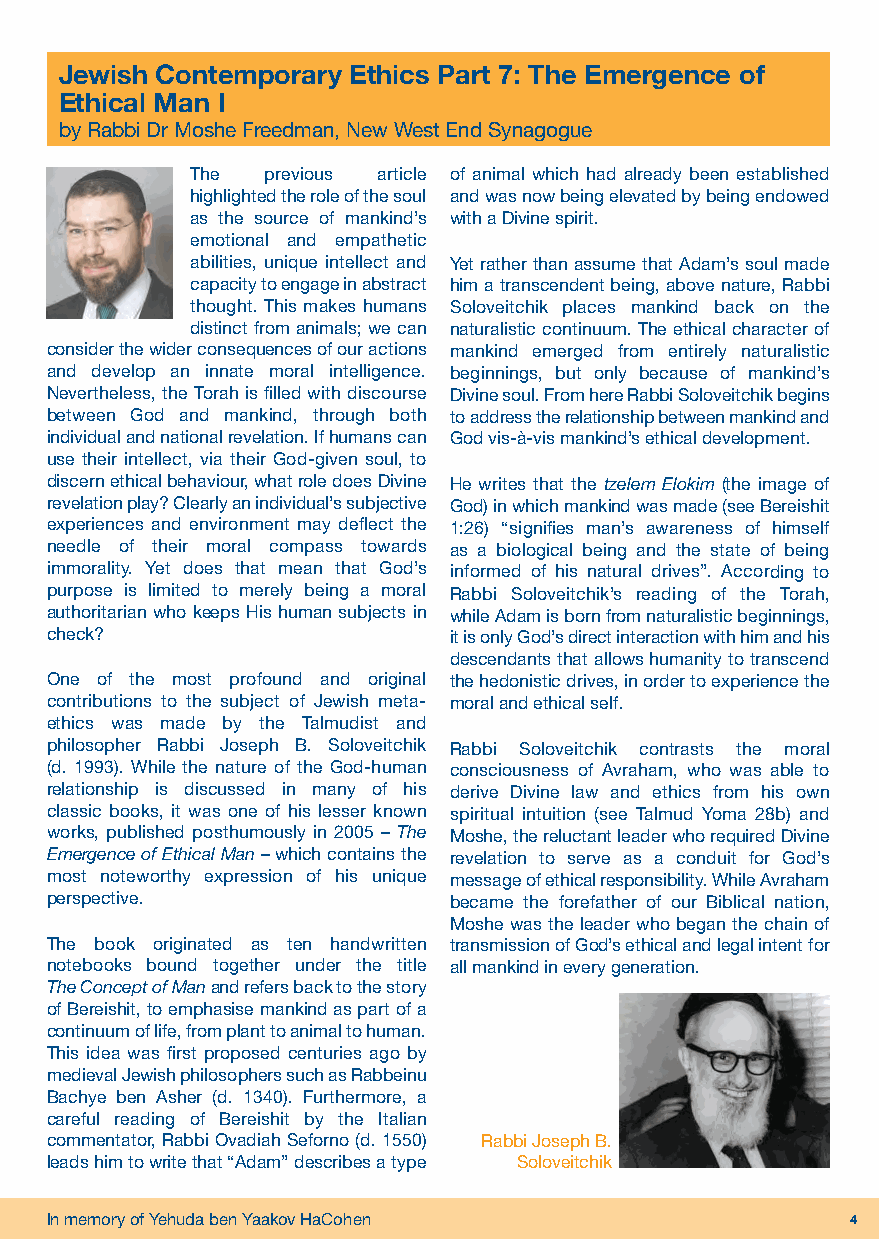
Chaye Sarah Vol.31 No.9.qxp_Layout 1 05/10/2018 10:25 Page 4
 Jewish Contemporary Ethics Part 7: The Emergence of
 Ethical Man I
 by Rabbi Dr Moshe Freedman, New West End Synagogue
 The  previous article of animal which had already been established
 highlighted the role of the soul and was now being elevated by being endowed
 as the source of mankind’s with a Divine spirit.
 emotional and empathetic
 abilities, unique intellect and Yet rather than assume that Adam’s soul made
 capacity to engage in abstract him a transcendent being, above nature, Rabbi
 thought. This makes humans Soloveitchik places mankind back on the
 distinct from animals; we can naturalistic continuum. The ethical character of
 consider the wider consequences of our actions mankind emerged from entirely naturalistic
 and develop an innate moral intelligence. beginnings, but only because of mankind’s
 Nevertheless, the Torah is filled with discourse Divine soul. From here Rabbi Soloveitchik begins
 between God and mankind, through both to address the relationship between mankind and
 individual and national revelation. If humans can God vis-à-vis mankind’s ethical development.
 use their intellect, via their God-given soul, to
 discern ethical behaviour, what role does Divine He writes that the tzelem Elokim (the image of
 revelation play? Clearly an individual’s subjective God) in which mankind was made (see Bereishit
 experiences and environment may deflect the 1:26) “signifies man’s awareness of himself
 needle of their moral compass towards as a biological being and the state of being
 immorality. Yet does that mean that God’s informed of his natural drives”. According to
 purpose is limited to merely being a moral Rabbi Soloveitchik’s reading of the Torah,
 authoritarian who keeps His human subjects in while Adam is born from naturalistic beginnings,
 check?                     it is only God’s direct interaction with him and his
 descendants that allows humanity to transcend
 One of the most profound and original the hedonistic drives, in order to experience the
 contributions to the subject of Jewish meta- moral and ethical self.
 ethics was made by the Talmudist and
 philosopher Rabbi Joseph B. Soloveitchik Rabbi Soloveitchik contrasts the moral
 (d. 1993). While the nature of the God-human consciousness of Avraham, who was able to
 relationship is discussed in many of his derive Divine law and ethics from his own
 classic books, it was one of his lesser known spiritual intuition (see Talmud Yoma 28b) and
 works, published posthumously in 2005 – The Moshe, the reluctant leader who required Divine
 Emergence of Ethical Man–which contains the revelation to serve as a conduit for God’s
 most noteworthy expression of his unique message of ethical responsibility. While Avraham
 perspective.               became the forefather of our Biblical nation,
 Moshe was the leader who began the chain of
 The book originated as ten handwritten transmission of God’s ethical and legal intent for
 notebooks bound together under the title all mankind in every generation.
 The Concept of Manand refers back to the story
 of Bereishit, to emphasise mankind as part of a
 continuum of life, from plant to animal to human.
 This idea was first proposed centuries ago by
 medieval Jewish philosophers such as Rabbeinu
 Bachye ben Asher (d. 1340). Furthermore, a
 careful reading of Bereishit by the Italian
 commentator, Rabbi Ovadiah Seforno (d. 1550) Rabbi Joseph B.
 leads him to write that “Adam” describes a type Soloveitchik
 In memory of Yehuda ben Yaakov HaCohen               4